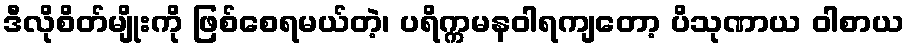
ဒီလိုစိတ်မျိုးကို ဖြစ်စေရမယ်တဲ့၊ ပရိက္ကမနဝါရကျတော့ ပိသုဏာယ ဝါစာယ